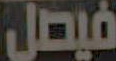
فيصل